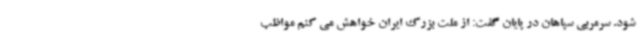
شود. سرمربی سپاهان در پایان گفت: از ملت بزرگ ایران خواهش می کنم مواظب